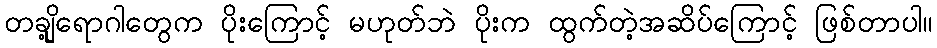
တချို့ရောဂါတွေက ပိုးကြောင့် မဟုတ်ဘဲ ပိုးက ထွက်တဲ့အဆိပ်ကြောင့် ဖြစ်တာပါ။